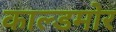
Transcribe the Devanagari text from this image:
काल्डमोर